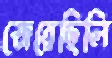
জেরেছিলি